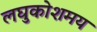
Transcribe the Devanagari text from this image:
लघुकोशमय